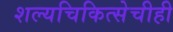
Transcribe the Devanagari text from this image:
शल्यचिकित्सेचीही